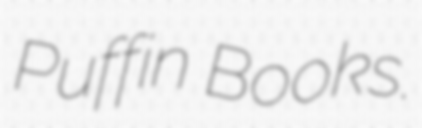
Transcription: Puffin Books.